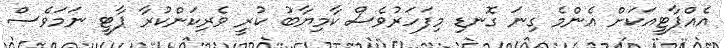
އެއްޕާޓީއަކަށް އެންމެ ގިނަ ގޮނޑި މިފަހަރުވެސް ކާމިޔާބު ކުރީ ވެރިކަންކުރާ ޕާޓީ ނަމަވެސް